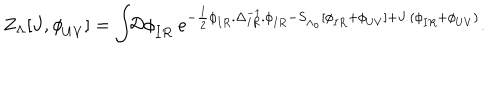
LaTeX: Z _ { \Lambda } [ J , \phi _ { U V } ^ { \phantom { a } } ] = \int \! \! \mathcal { D } \phi _ { I R } ^ { \phantom { a } } \ e ^ { - \frac { 1 } { 2 } \phi _ { I R } ^ { \phantom { - 1 } } . \Delta _ { I R } ^ { - 1 } . \phi _ { I R } ^ { \phantom { - 1 } } - S _ { \Lambda _ { o } } ^ { \phantom { - 1 } } [ \phi _ { I R } ^ { \phantom { - 1 } } + \phi _ { U V } ^ { \phantom { - 1 } } ] + J . ( \phi _ { I R } ^ { \phantom { - 1 } } + \phi _ { U V } ^ { \phantom { - 1 } } ) } .